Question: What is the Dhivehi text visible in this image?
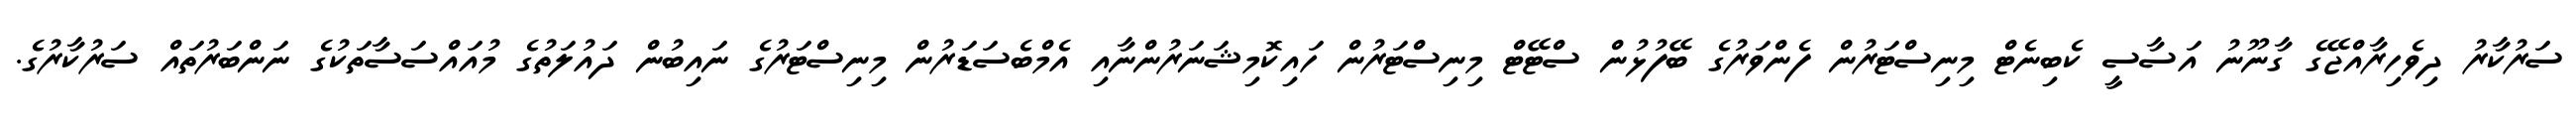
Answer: ސަރުކާރު ދިވެހިރާއްޖޭގެ ގާނޫނު އަސާސީ ކެބިނެޓް މިނިސްޓަރުން ފެންވަރުގެ ބޭފުޅުން ސްޓޭޓް މިނިސްޓަރުން ހައިކޮމިޝަނަރުންނާއި އެމްބެސަޑަރުން މިނިސްޓަރުގެ ނައިބުން ދައުލަތުގެ މުއައްސަސާތަކުގެ ނަންބަރުތައް ސަރުކާރުގެ.